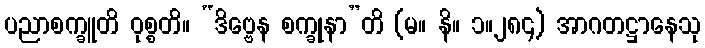
ပညာစက္ခူတိ ဝုစ္စတိ။ “ဒိဗ္ဗေန စက္ခုနာ”တိ (မ။ နိ။ ၁။၂၈၄) အာဂတဋ္ဌာနေသု